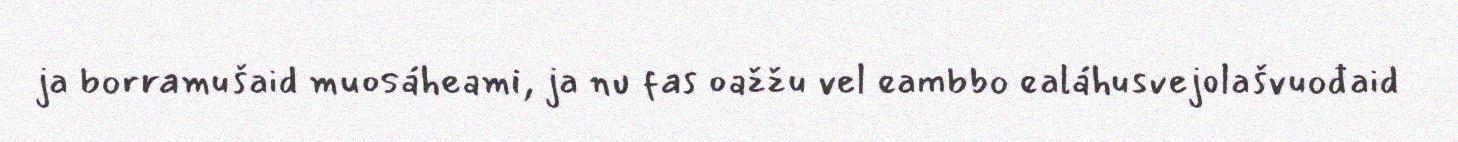
ja borramušaid muosáheami, ja nu fas oažžu vel eambbo ealáhusvejolašvuođaid